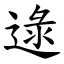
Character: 逯